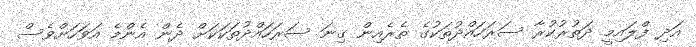
އަދި ފްލައިމީ ދަތުރުކުރާ ސަރަހައްދުތަކުގެ ތެރެއިން ގިިނަ ސަރަހައްދުތަކަކަށް ދެން އެންމެ އަވަހަށްވެސް